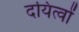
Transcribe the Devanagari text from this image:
दयित्वों